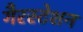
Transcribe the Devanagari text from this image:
गैरस्टेशन